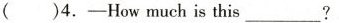
()4.--How much is ____this?